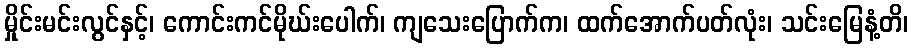
မှိုင်းမင်းလွင်နှင့်၊ ကောင်းကင်မိုဃ်းပေါက်၊ ကျသေးပြောက်က၊ ထက်အောက်ပတ်လုံး၊ သင်းမြေနံ့တိ၊